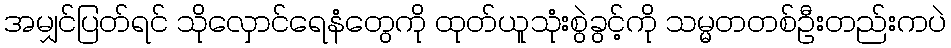
အမျှင်ပြတ်ရင် သိုလှောင်ရေနံတွေကို ထုတ်ယူသုံးစွဲခွင့်ကို သမ္မတတစ်ဦးတည်းကပဲ